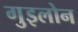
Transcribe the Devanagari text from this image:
गुइलोन